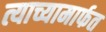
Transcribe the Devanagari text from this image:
त्याच्यामार्फत